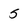
Character: 5